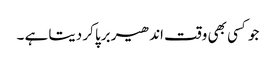
جو کسی بھی وقت اندھیر برپا کر دیتا ہے ۔